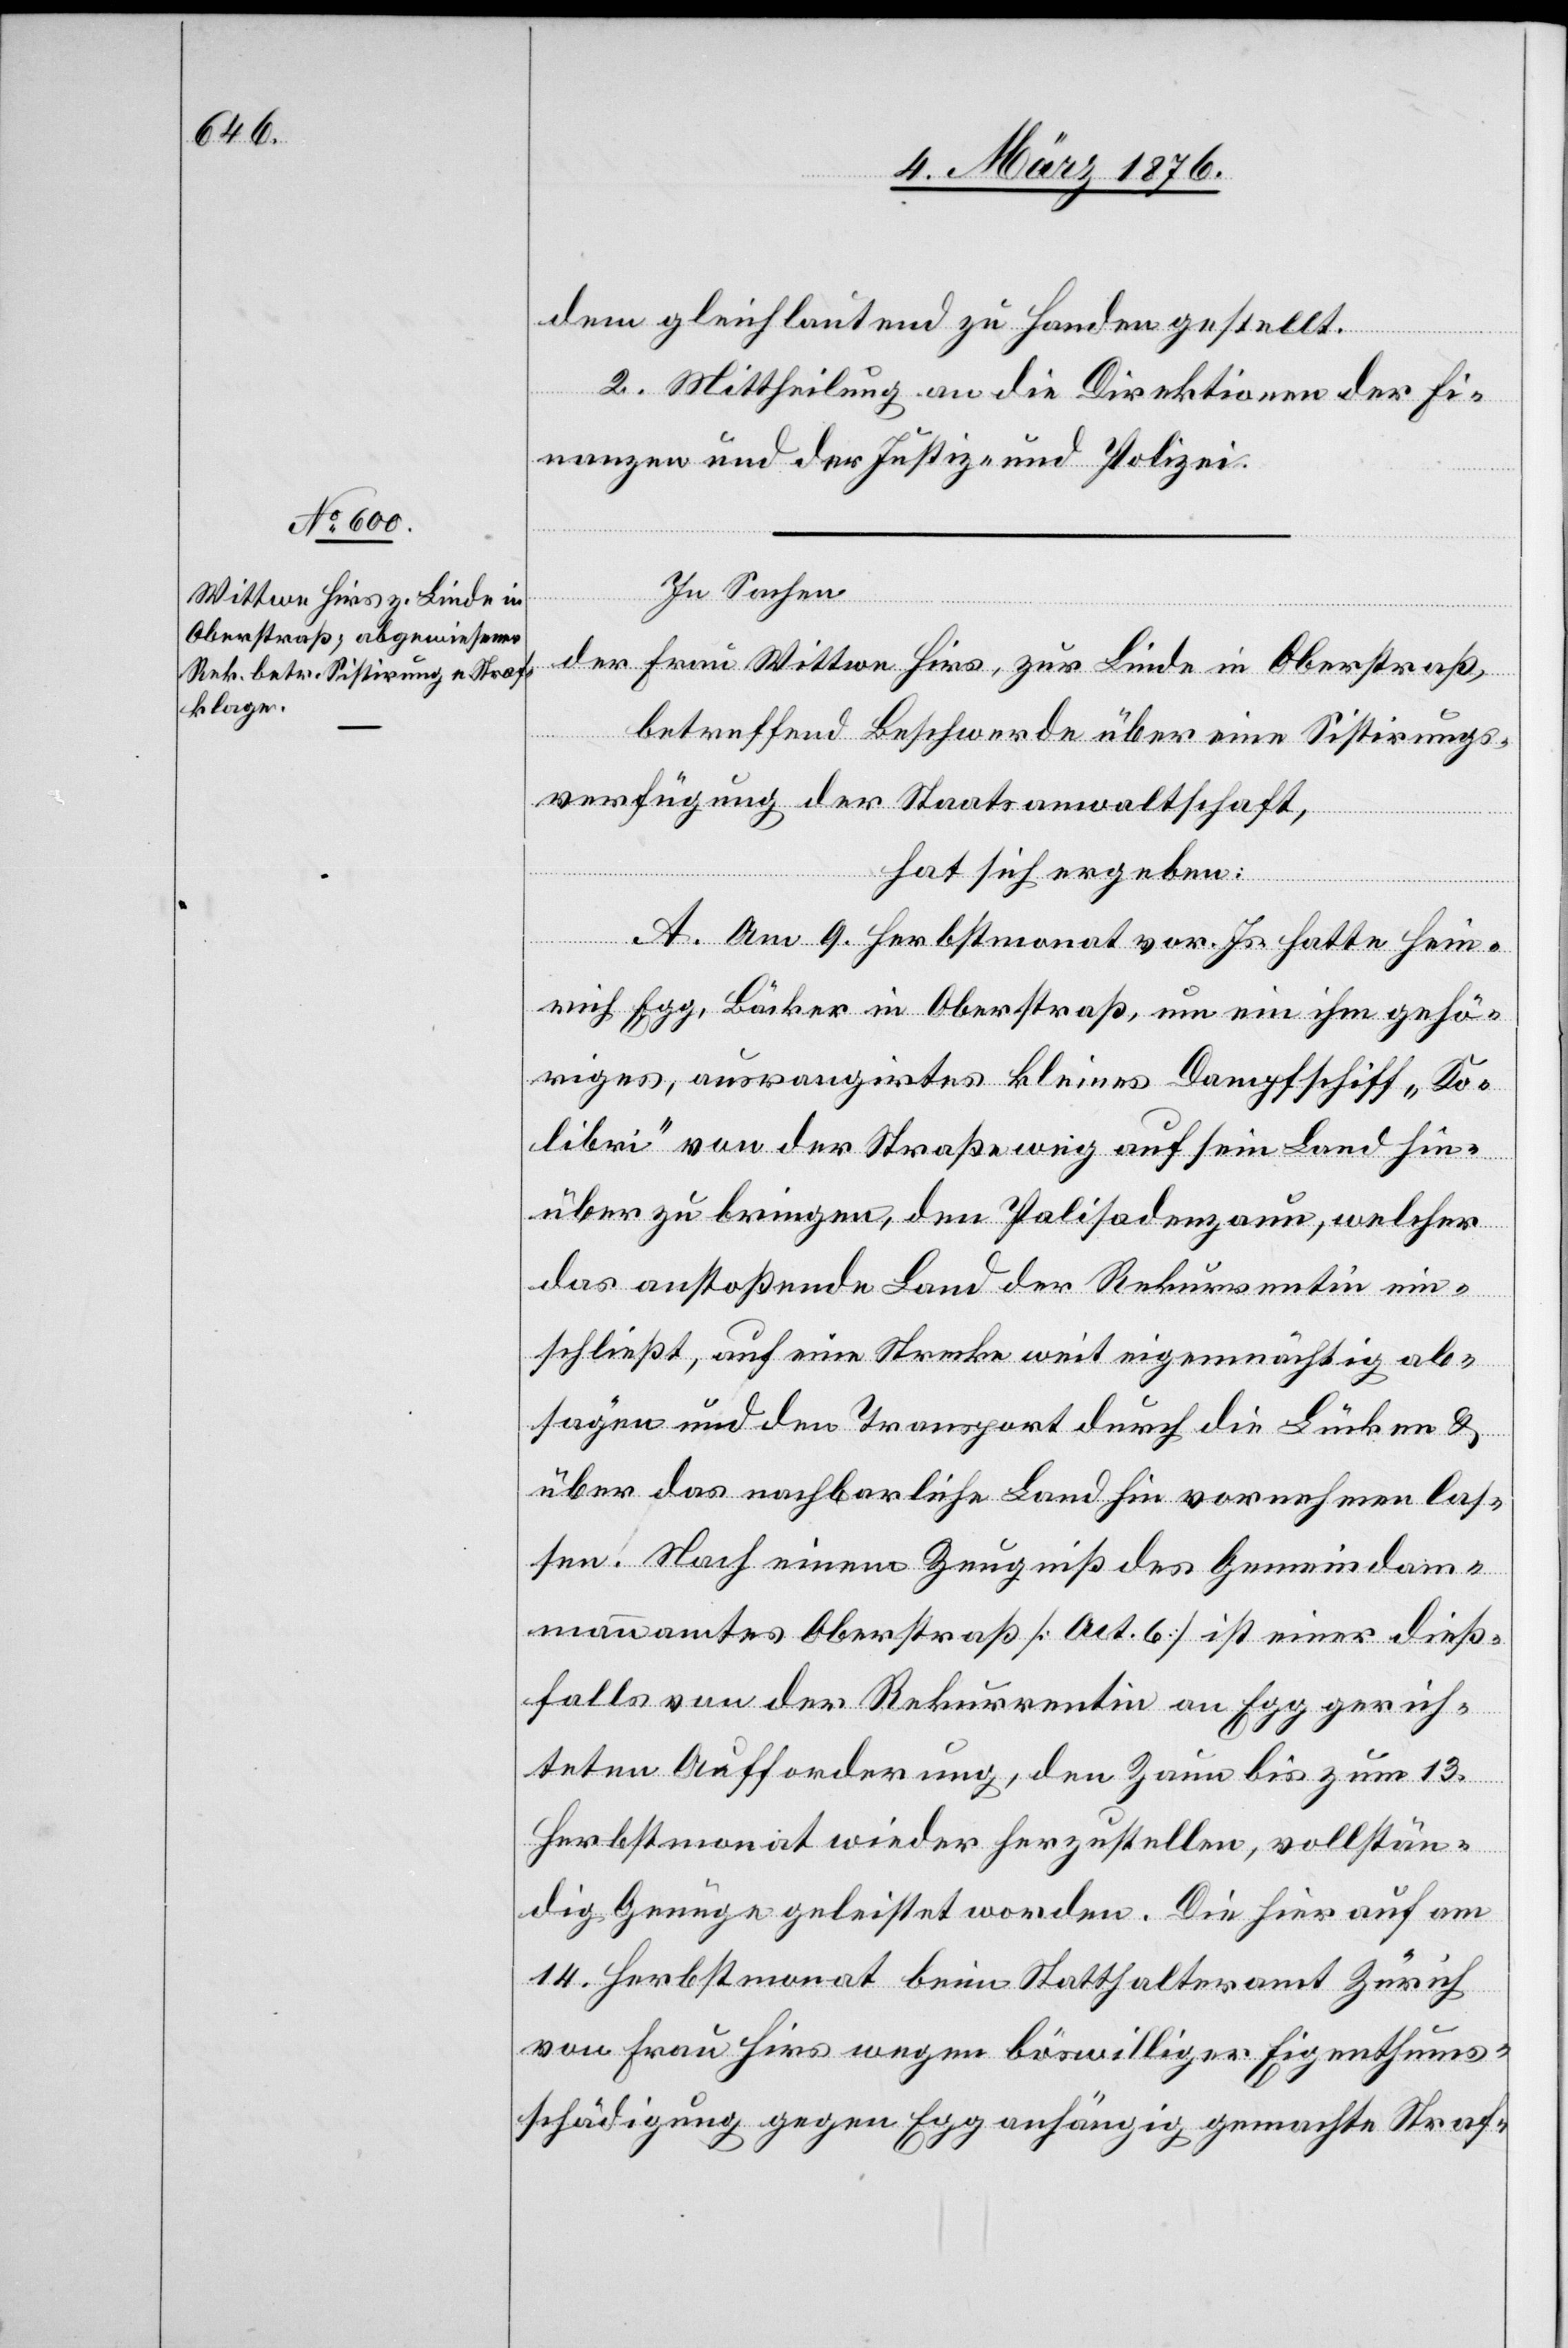
dem gleich lautend zu Handen gestellt.
2. Mittheilung an die Direktionen der Fi¬
nanzen und der Justiz- und Polizei.